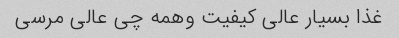
غذا بسیار عالی کیفیت وهمه چی عالی مرسی